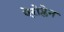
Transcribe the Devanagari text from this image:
ऐरोप्लेन